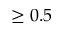
\geq 0 . 5